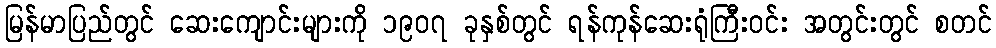
မြန်မာပြည်တွင် ဆေးကျောင်းများကို ၁၉၀၇ ခုနှစ်တွင် ရန်ကုန်ဆေးရုံကြီးဝင်း အတွင်းတွင် စတင်